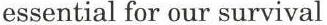
essential for our survival